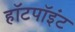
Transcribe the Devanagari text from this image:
हॉटपॉइंट